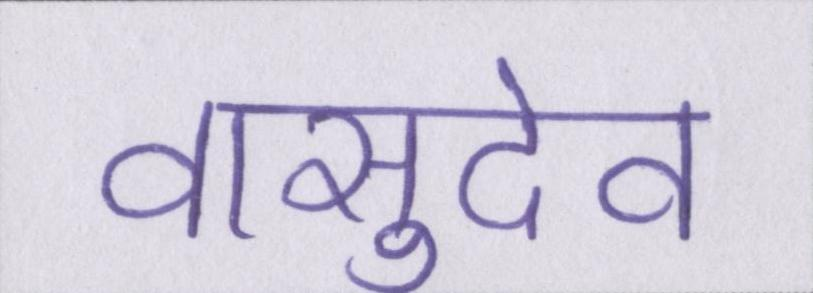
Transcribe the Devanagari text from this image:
वासुदेव